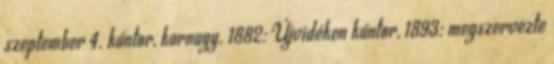
szeptember 4. kántor, karnagy. 1882: Újvidéken kántor, 1893: megszervezte